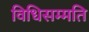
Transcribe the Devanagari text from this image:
विधिसम्मति